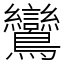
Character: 鸞